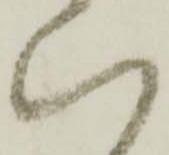
い